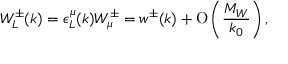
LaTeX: W _ { L } ^ { \pm } ( k ) = \epsilon _ { L } ^ { \mu } ( k ) W _ { \mu } ^ { \pm } = w ^ { \pm } ( k ) + \mathrm { O } \left( \frac { M _ { W } } { k _ { 0 } } \right) ,